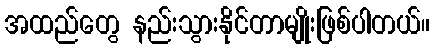
အထည်တွေ နည်းသွားနိုင်တာမျိုးဖြစ်ပါတယ်။